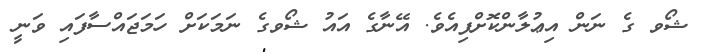
ޝޯވ ގެ ނަން އިޢުލާންކޮށްފިއެވެ. އޭނާގެ އައު ޝޯވގެ ނަމަކަށް ހަމަޖައްސާފައި ވަނީ